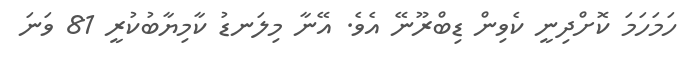
ހަމަހަމަ ކޮށްދިނީ ކެވިން ޑިބްރޫނޭ އެވެ. އޭނާ މިލަނޑު ކާމިޔާބުކުރީ 81 ވަނަ